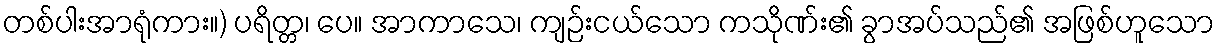
တစ်ပါးအာရုံကား။) ပရိတ္တ၊ ပေ။ အာကာသေ၊ ကျဉ်းငယ်သော ကသိုဏ်း၏ ခွာအပ်သည်၏ အဖြစ်ဟူသော